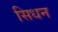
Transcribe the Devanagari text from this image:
सिधन